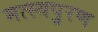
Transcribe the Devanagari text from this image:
मत्स्यपुरण